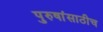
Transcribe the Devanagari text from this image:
पुरुषांसाठीच